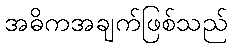
အဓိကအချက်ဖြစ်သည်